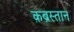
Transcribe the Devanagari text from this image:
क़ब्रस्तान